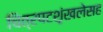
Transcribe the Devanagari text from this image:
चित्रपटशृंखलेसह